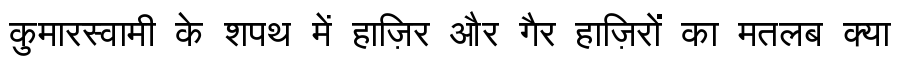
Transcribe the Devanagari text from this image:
कुमारस्वामी के शपथ में हाज़िर और गैर हाज़िरों का मतलब क्या